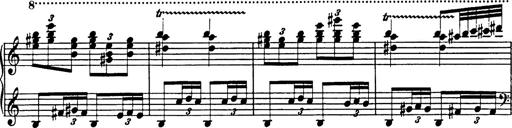
Title: Galop in A minor
Composer: Franz Liszt
Key: A minor